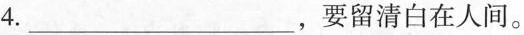
4.___，要留清白在人带间。